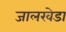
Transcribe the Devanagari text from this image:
जालखेडा